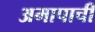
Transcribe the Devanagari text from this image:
अमापाची